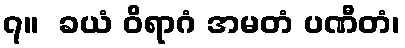
၇။  ခယံ ဝိရာဂံ အမတံ ပဏီတံ၊